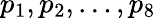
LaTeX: p_{1},p_{2},\dots,p_{8}